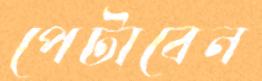
পেটাবেন